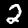
Label: 2